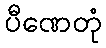
ပီဏေတုံ